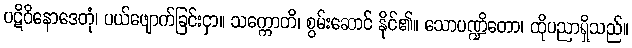
ပဋိဝိနောဒေတုံ၊ ပယ်ဖျောက်ခြင်းငှာ။ သက္ကောတိ၊ စွမ်းဆောင် နိုင်၏။ သောပဏ္ဍိတော၊ ထိုပညာရှိသည်။